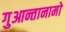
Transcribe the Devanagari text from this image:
गुआन्तानामो